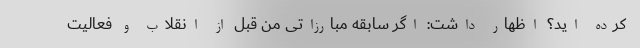
کرده اید؟ اظهار داشت: اگر سابقه مبارزاتی من قبل از انقلاب و فعالیت